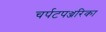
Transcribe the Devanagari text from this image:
चर्पटपञ्जरिका